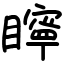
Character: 矃